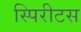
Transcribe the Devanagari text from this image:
स्पिरीटस